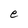
Character: e